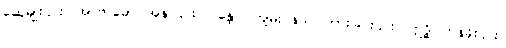
ဆွေမျိုး၎င်း။ အာဗာဓော၊ အနာ၎င်း။ ဂန္ထော၊ ကျမ်းဂန်သင်ကြားခြင်း၎င်း။ ဣဒ္ဓိ၊ တန်ခိုး၎င်း။